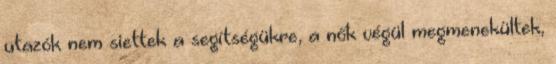
utazók nem siettek a segítségükre, a nők végül megmenekültek,